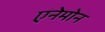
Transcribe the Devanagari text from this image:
एनेमोन